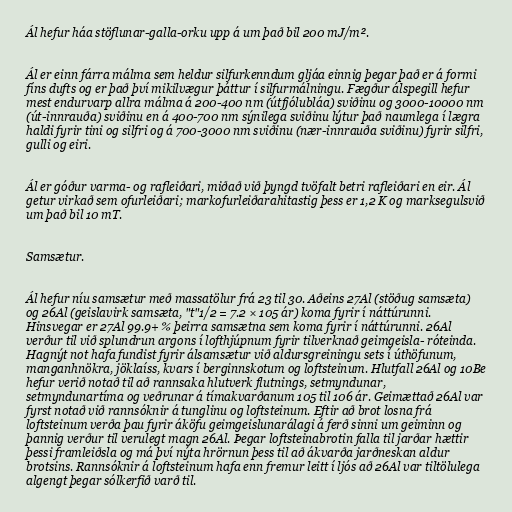
Ál hefur háa stöflunar-galla-orku upp á um það bil 200 mJ/m².

Ál er einn fárra málma sem heldur silfurkenndum gljáa einnig þegar það er á formi
fíns dufts og er það því mikilvægur þáttur í silfurmálningu. Fægður álspegill hefur
mest endurvarp allra málma á 200-400 nm (útfjólubláa) sviðinu og 3000-10000 nm
(út-innrauða) sviðinu en á 400-700 nm sýnilega sviðinu lýtur það naumlega í lægra
haldi fyrir tini og silfri og á 700-3000 nm sviðinu (nær-innrauða sviðinu) fyrir silfri,
gulli og eiri.

Ál er góður varma- og rafleiðari, miðað við þyngd tvöfalt betri rafleiðari en eir. Ál
getur virkað sem ofurleiðari; markofurleiðarahitastig þess er 1,2 K og marksegulsvið
um það bil 10 mT.

Samsætur.

Ál hefur níu samsætur með massatölur frá 23 til 30. Aðeins 27Al (stöðug samsæta)
og 26Al (geislavirk samsæta, "t"1/2 = 7.2 × 105 ár) koma fyrir í náttúrunni.
Hinsvegar er 27Al 99.9+ % þeirra samsætna sem koma fyrir í náttúrunni. 26Al
verður til við splundrun argons í lofthjúpnum fyrir tilverknað geimgeisla- róteinda.
Hagnýt not hafa fundist fyrir álsamsætur við aldursgreiningu sets í úthöfunum,
manganhnökra, jöklaíss, kvars í berginnskotum og loftsteinum. Hlutfall 26Al og 10Be
hefur verið notað til að rannsaka hlutverk flutnings, setmyndunar,
setmyndunartíma og veðrunar á tímakvarðanum 105 til 106 ár. Geimættað 26Al var
fyrst notað við rannsóknir á tunglinu og loftsteinum. Eftir að brot losna frá
loftsteinum verða þau fyrir áköfu geimgeislunarálagi á ferð sinni um geiminn og
þannig verður til verulegt magn 26Al. Þegar loftsteinabrotin falla til jarðar hættir
þessi framleiðsla og má því nýta hrörnun þess til að ákvarða jarðneskan aldur
brotsins. Rannsóknir á loftsteinum hafa enn fremur leitt í ljós að 26Al var tiltölulega
algengt þegar sólkerfið varð til.